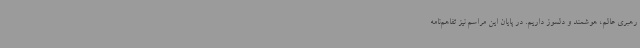
رهبری عالم، هوشمند و دلسوز داریم. در پایان این مراسم نیز تفاهم‌نامه‌